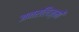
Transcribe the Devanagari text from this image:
जनरलिज़्मों